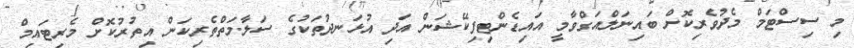
މި ސިސްޓަމް މެދުވެރިކޮށް ބައިނަލްއަގްވާމީ އައިޑެންޓިފިކޭޝަން އަދި އުޅަނދުތަކުގެ ސަލާމަތްތެރިކަން އިތުރުކޮށް މެރިޓައިމް